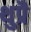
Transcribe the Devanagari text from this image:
थुप्रै